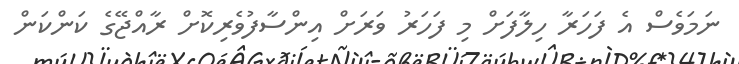
ނަމަވެސް އެ ފަހަރާ ހިލާފަށް މި ފަހަރު ވަރަށް އިންސާފުވެރިކޮށް ރާއްޖޭގެ ކަންކަން